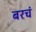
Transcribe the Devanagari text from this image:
बरचं